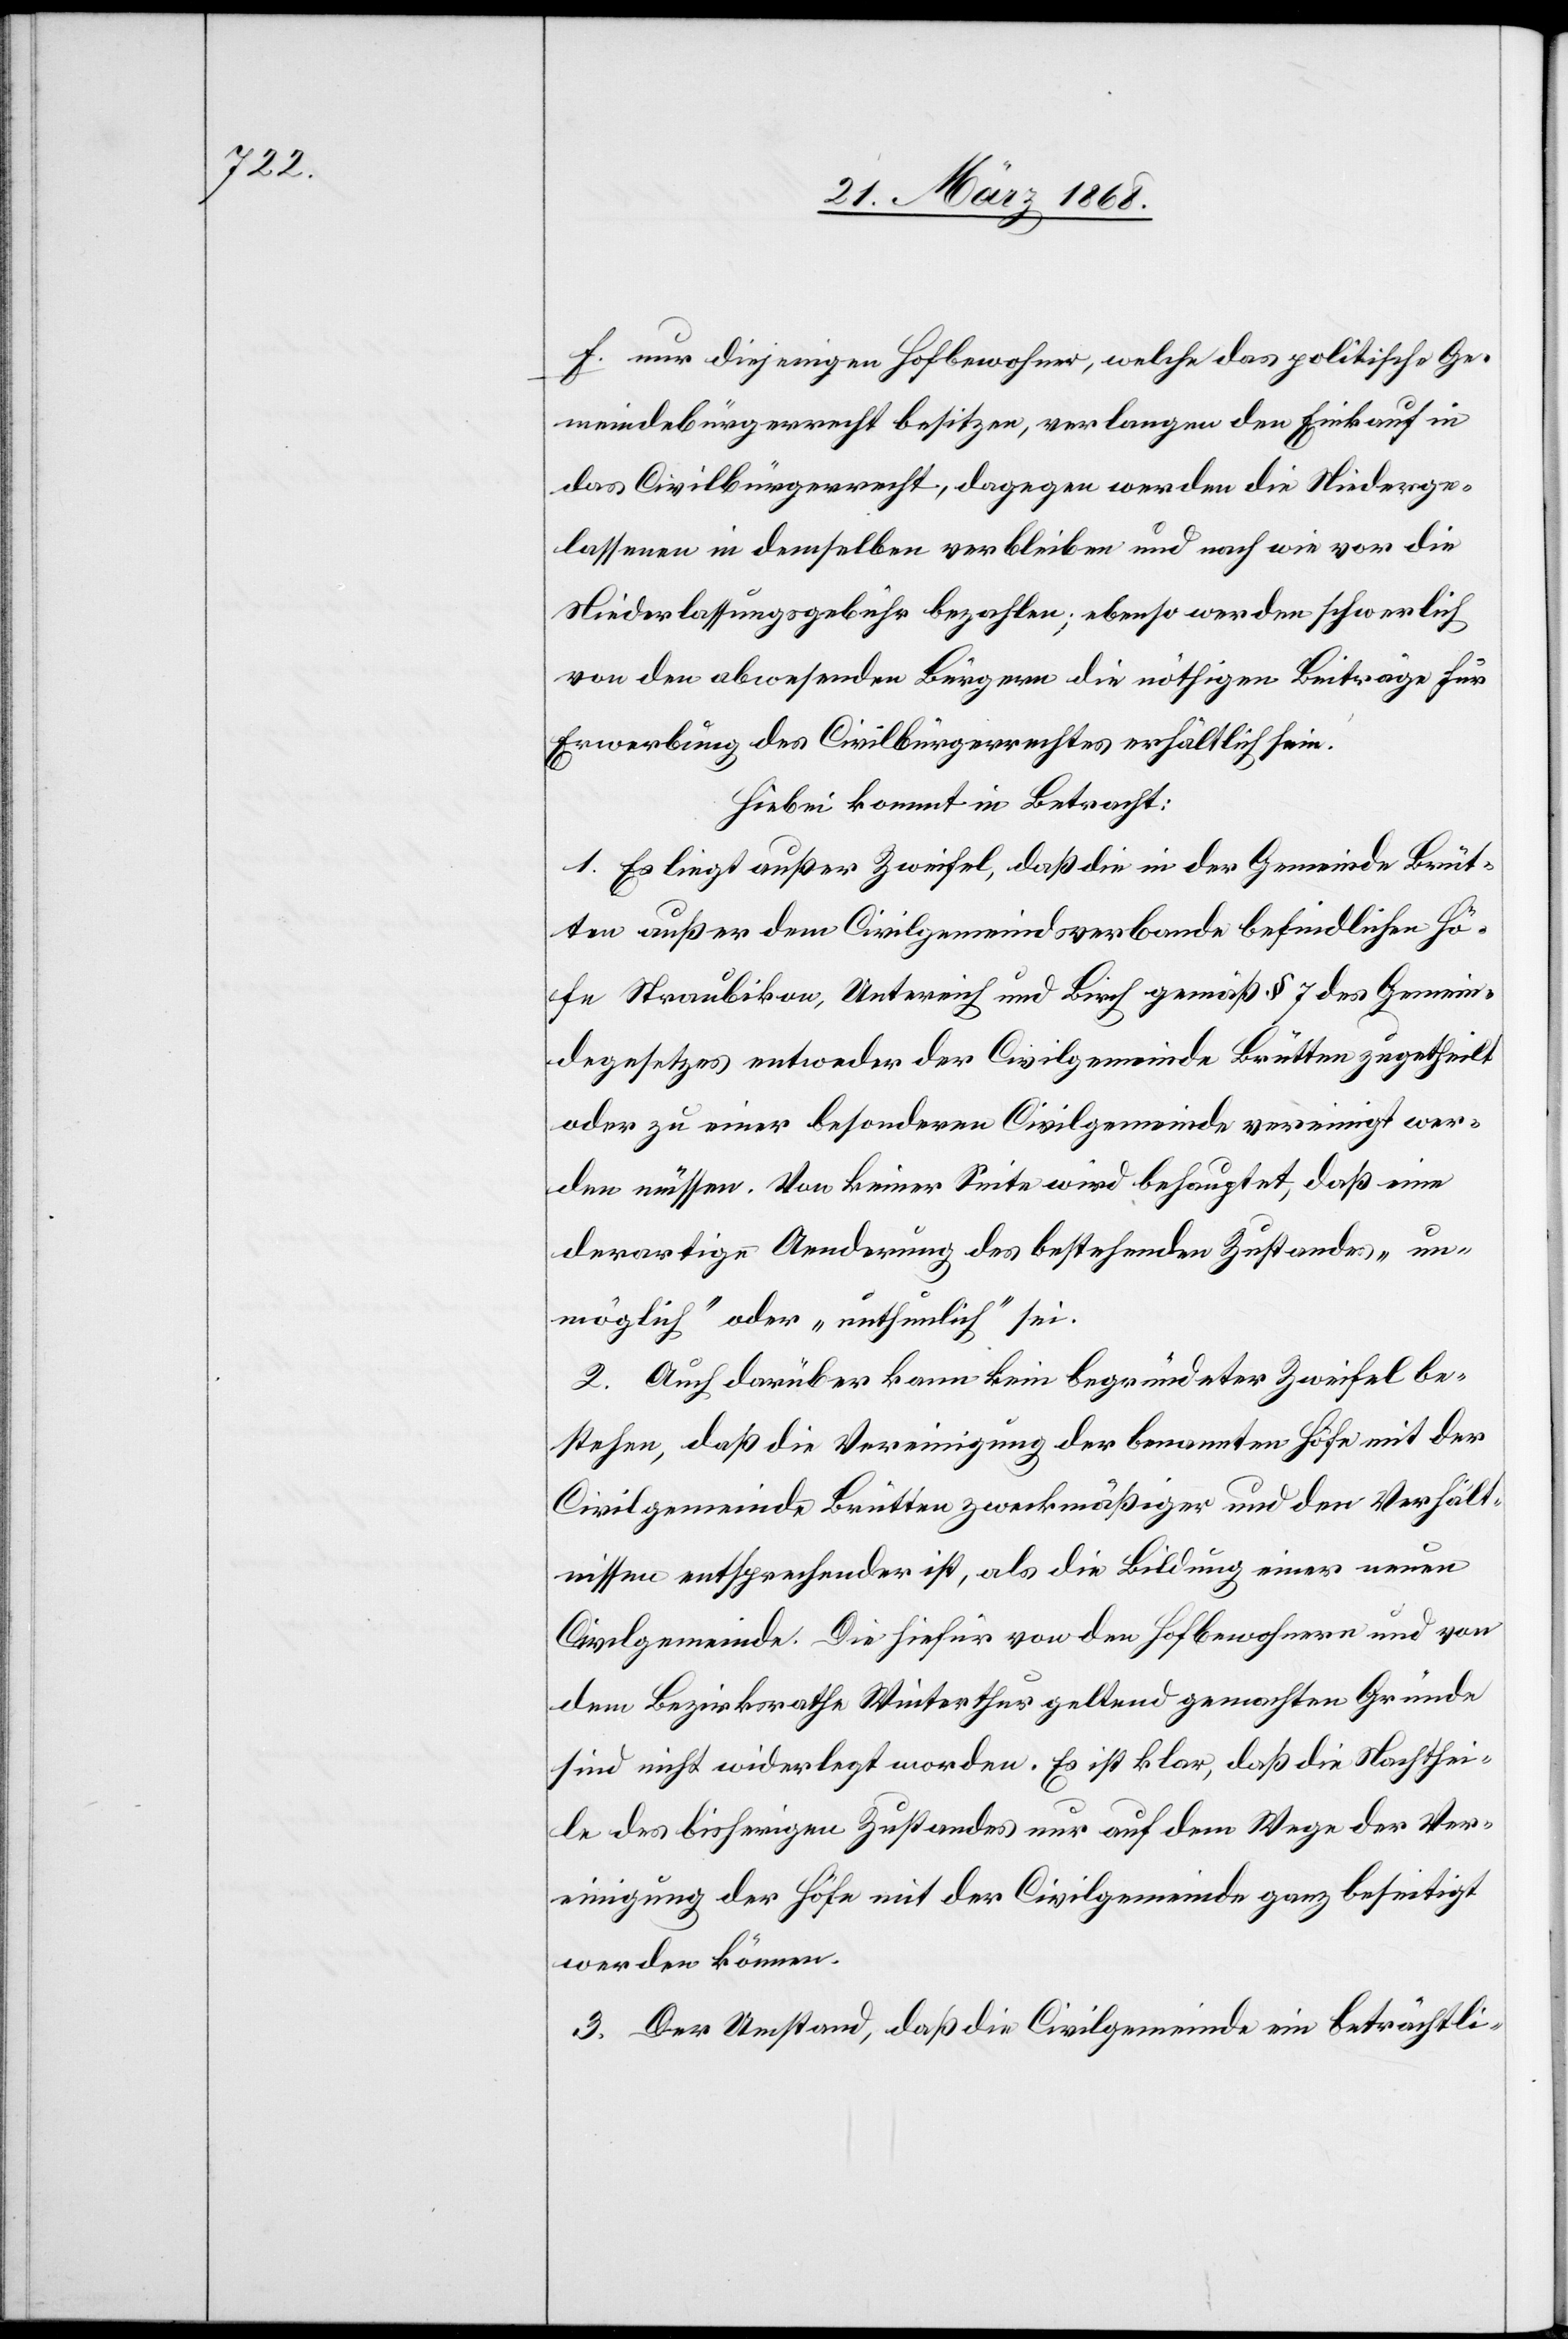
f. nur diejenigen Hofbewohner, welche das politische Ge¬
meindebürgerrecht besitzen, verlangen den Einkauf in
das Civilbürgerrecht, dagegen werden die Niederge¬
lassenen in demselben verbleiben und nach wie vor die
Niederlassungsgebühr bezahlen; ebenso werden schwerlich
von den abwesenden Bürgern die nöthigen Beiträge für
Erwerbung des Civilbürgerrechtes erhältlich sein.
Hiebei kommt in Betracht:
1. Es liegt außer Zweifel, daß die in der Gemeinde Brüt¬
ten außer dem Civilgemeindsverbande befindlichen Hö¬
fe Straubikon, Untereich und Birch gemäß § 7 des Gemein¬
degesetzes entweder der Civilgemeinde Brütten zugetheilt
oder zu einer besonderen Civilgemeinde vereinigt wer¬
den müssen. Von keiner Seite wird behauptet, daß eine
derartige Aenderung des bestehenden Zustandes „un¬
möglich“ oder „unthunlich“ sei.
2. Auch darüber kann kein begründeter Zweifel be¬
stehen, daß die Vereinigung der benannten Höfe mit der
Civilgemeinde Brütten zweckmäßiger und den Verhält¬
nissen entsprechender ist, als die Bildung einer neuen
Civilgemeinde. Die hiefür von den Hofbewohnern und von
dem Bezirksrathe Winterthur geltend gemachten Gründe
sind nicht widerlegt worden. Es ist klar, daß die Nachthei¬
le des bisherigen Zustandes nur auf dem Wege der Ver¬
einigung der Höfe mit der Civilgemeinde ganz beseitigt
werden können.
3. Der Umstand, daß die Civilgemeinde ein beträchtli-